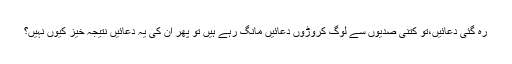
رہ گئی دعائیں،تو کتنی صدیوں سے لوگ کروڑوں دعائیں مانگ رہے ہیں تو پھر ان کی یہ دعائیں نتیجہ خیز کیوں نہیں؟